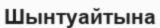
Шынтуайтына